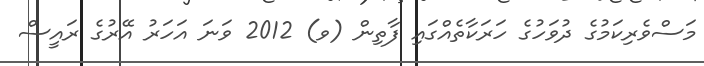
މަސްވެރިކަމުގެ ދުވަހުގެ ހަރަކާތެއްގައި ފާތިން (ވ) 2012 ވަނަ އަހަރު އޭރުގެ ރައީސް